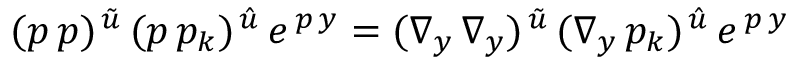
( p \, p ) ^ { \, \tilde { u } } \, ( p \, p _ { k } ) ^ { \, \hat { u } } \, e ^ { \, p \, y } = ( \nabla _ { y } \, \nabla _ { y } ) ^ { \, \tilde { u } } \, ( \nabla _ { y } \, p _ { k } ) ^ { \, \hat { u } } \, e ^ { \, p \, y }